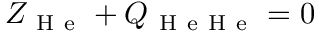
Z _ { \mathrm { ~ H ~ e ~ } } + Q _ { \mathrm { ~ H ~ e ~ H ~ e ~ } } = 0